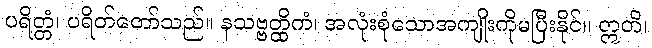
ပရိတ္တံ၊ ပရိတ်တော်သည်။ နသဗ္ဗတ္ထိကံ၊ အလုံးစုံသောအကျိုးကိုမပြီးနိုင်။ ဣတိ၊